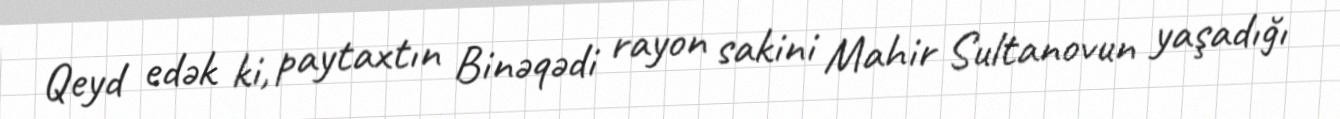
Qeyd edək ki, paytaxtın Binəqədi rayon sakini Mahir Sultanovun yaşadığı